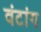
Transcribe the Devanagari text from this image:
वंटांग